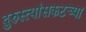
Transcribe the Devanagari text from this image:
दुरुस्त्यांसकटच्या